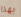
بهذا